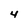
Character: 4